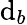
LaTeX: \mathrm{d}_{b}